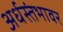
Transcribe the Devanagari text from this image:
अर्धस्तंभावर